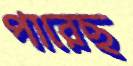
পারেছ